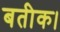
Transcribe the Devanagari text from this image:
बतीक।